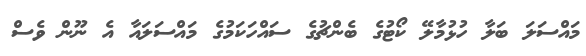
މައްސަލަ ބަލާ ހުޅުމާލޭ ކޯޓުގެ ބެންޗުގެ ސައްހަކަމުގެ މައްސަލައާ އެ ނޫން ވެސް